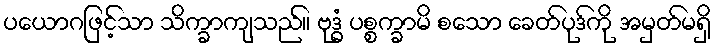
ပယောဂဖြင့်သာ သိက္ခာကျသည်။ ဗုဒ္ဓံ ပစ္စက္ခာမိ စသော ခေတ်ပုဒ်ကို အမှတ်မရှိ